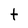
Character: t